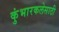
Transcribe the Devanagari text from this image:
कुंभारकलेसाठी